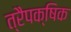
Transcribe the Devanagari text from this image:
त्रैपक्षिक